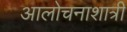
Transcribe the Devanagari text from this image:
आलोचनाशात्री